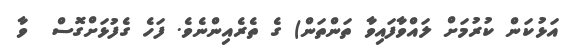
އަޅުކަން ކުރުމަށް ލައްވާފައިވާ ތަންތަން) ގެ ތެރެއިންނެވެ. ފަހެ ގެފުޅަށްގޮސް  ވާ